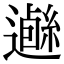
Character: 𨗰